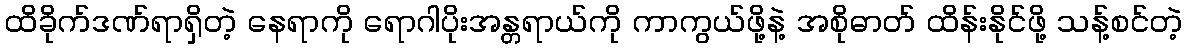
ထိခိုက်ဒဏ်ရာရှိတဲ့ နေရာကို ရောဂါပိုးအန္တရာယ်ကို ကာကွယ်ဖို့နဲ့ အစိုဓာတ် ထိန်းနိုင်ဖို့ သန့်စင်တဲ့